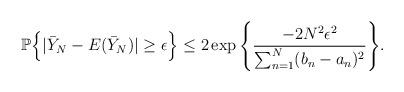
LaTeX: \begin{align*}\mathbb{P}\Big\{|\bar{Y}_{N} - E(\bar{Y}_{N})| \geq \epsilon\Big\} \leq 2 \exp\Bigg\{\frac{-2N^{2}\epsilon^{2}}{\sum_{n=1}^{N}(b_{n} - a_{n})^{2}}\Bigg\}.\end{align*}